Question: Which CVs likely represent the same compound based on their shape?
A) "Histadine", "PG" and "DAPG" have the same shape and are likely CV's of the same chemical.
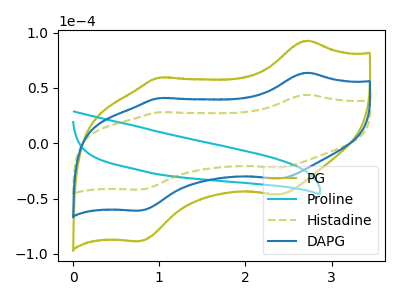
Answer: <think>The olive curve "PG" has anodic peaks at (2.70V, 127.60uA) (1.00V, 81.80uA) and cathodic peaks at (2.40V, -63.80uA) (0.80V, -121.60uA). The cyan curve "Proline" has no peaks. The olive dashed curve "Histadine" has anodic peaks at (2.70V, 43.90uA) (1.00V, 28.15uA) and cathodic peaks at (2.40V, -21.95uA) (0.80V, -41.80uA). The blue curve "DAPG" has anodic peaks at (2.70V, 63.80uA) (1.00V, 40.90uA) and cathodic peaks at (2.40V, -31.90uA) (0.80V, -60.80uA).
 "PG" and "Proline" have a different number of peaks. All the peaks in "PG" have a peak in "Histadine" at the same potential. Every peak in "PG" is higher than every peak in "Histadine". All the peaks in "PG" have a peak in "DAPG" at the same potential. Every peak in "PG" is higher than every peak in "DAPG". "Proline" and "Histadine" have a different number of peaks. "Proline" and "DAPG" have a different number of peaks. All the peaks in "Histadine" have a peak in "DAPG" at the same potential. Every peak in "Histadine" is lower than every peak in "DAPG".</think>
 <answer>A) "Histadine", "PG" and "DAPG" have the same shape and are likely CV's of the same chemical.</answer>
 <eval>A</eval>